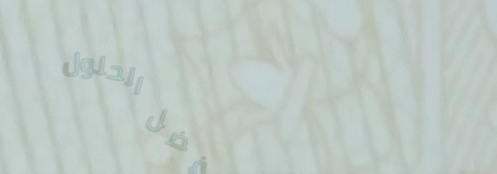
نحن نقدم لكم أفضل الحلول